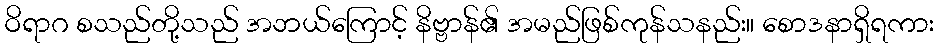
ဝိရာဂ စသည်တို့သည် အဘယ်ကြောင့် နိဗ္ဗာန်၏ အမည်ဖြစ်ကုန်သနည်း။ စောဒနာရှိရကား